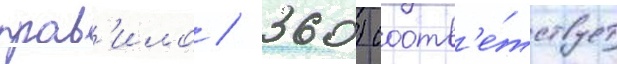
прав'ило / 360) соотв'е́тствует